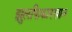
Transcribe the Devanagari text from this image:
झुलफिकारखान